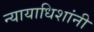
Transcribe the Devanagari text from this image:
न्यायाधिशांनी